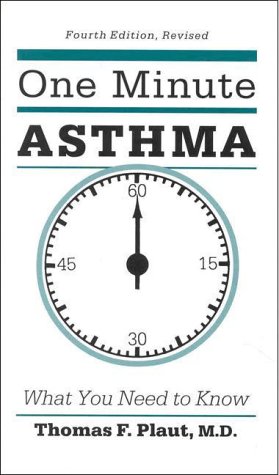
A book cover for One Minute Asthma: What You Need to Know; Thomas F. Plaut; Health, Fitness & Dieting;